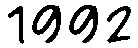
1992